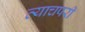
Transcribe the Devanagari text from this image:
त्याचपरी